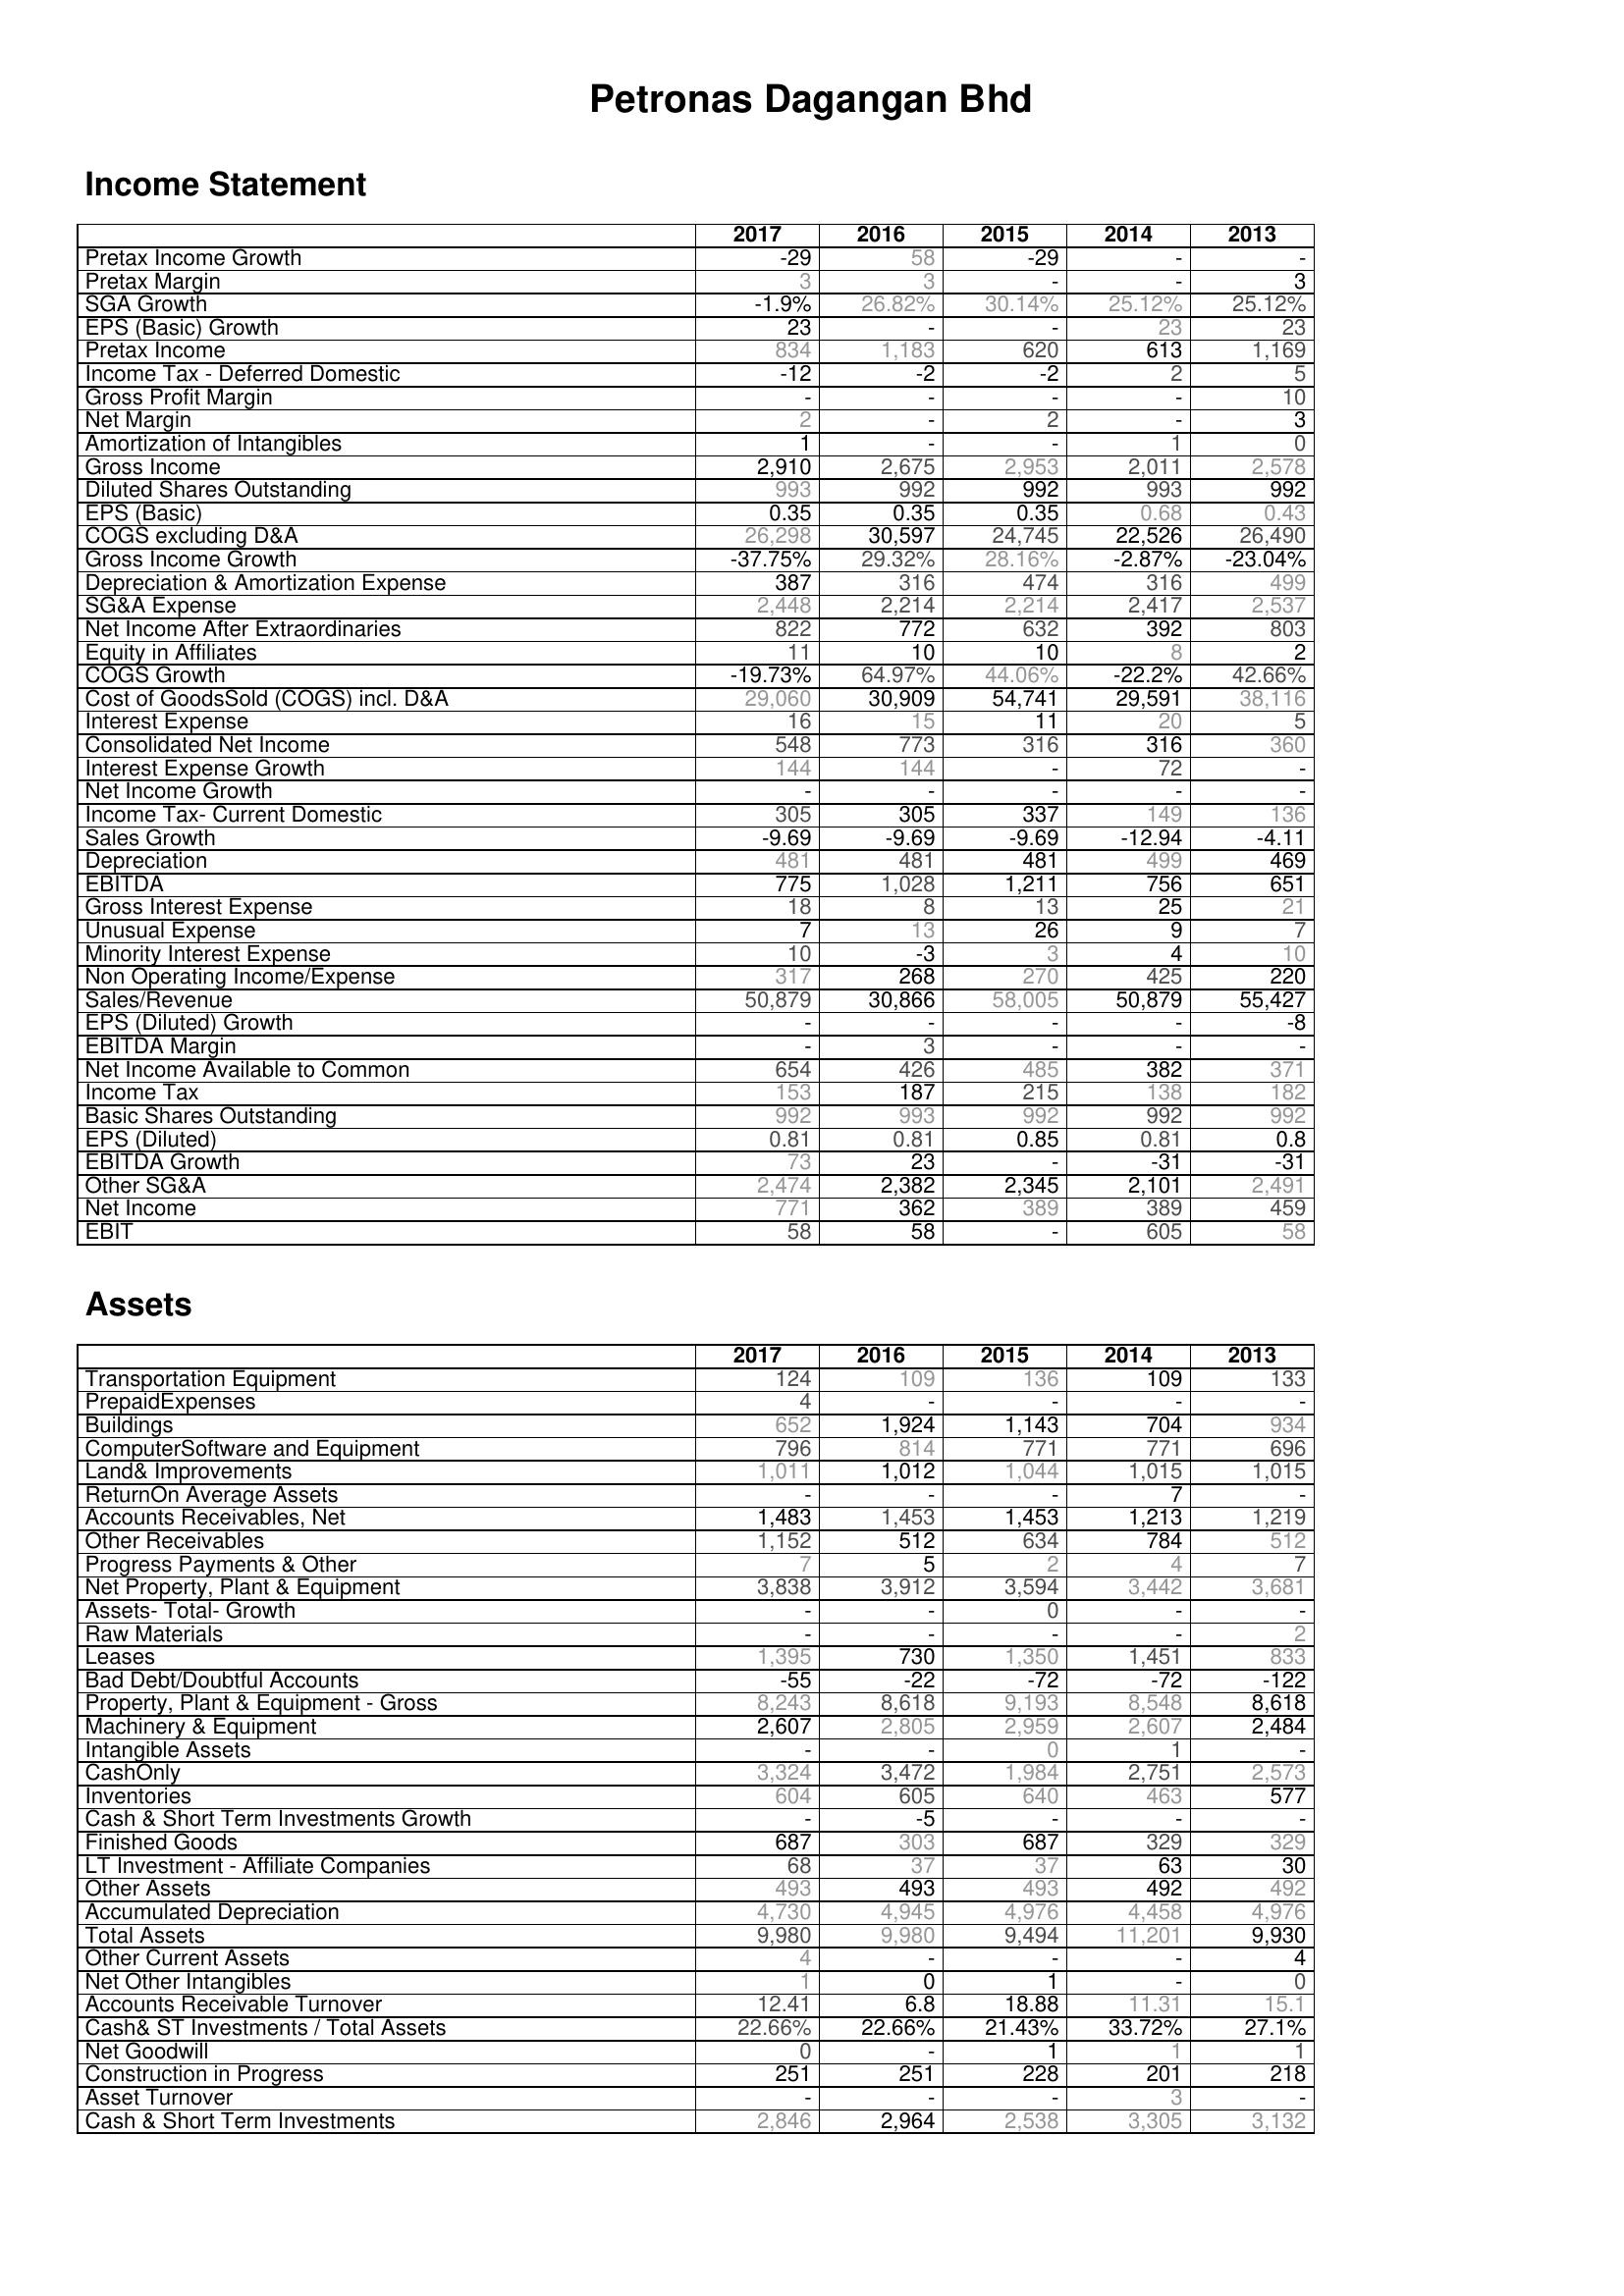
2017: Income Statement: Pretax Income Growth: -29
Pretax Margin: 3
SGA Growth: -1.9%
EPS (Basic) Growth: 23
Pretax Income: 834
Income Tax - Deferred Domestic: -12
Gross Profit Margin: -
Net Margin: 2
Amortization of Intangibles: 1
Gross Income: 2,910
Diluted Shares Outstanding: 993
EPS (Basic): 0.35
COGS excluding D&A: 26,298
Gross Income Growth: -37.75%
Depreciation & Amortization Expense: 387
SG&A Expense: 2,448
Net Income After Extraordinaries: 822
Equity in Affiliates: 11
COGS Growth: -19.73%
Cost of GoodsSold (COGS) incl. D&A: 29,060
Interest Expense: 16
Consolidated Net Income: 548
Interest Expense Growth: 144
Net Income Growth: -
Income Tax- Current Domestic: 305
Sales Growth: -9.69
Depreciation: 481
EBITDA: 775
Gross Interest Expense: 18
Unusual Expense: 7
Minority Interest Expense: 10
Non Operating Income/Expense: 317
Sales/Revenue: 50,879
EPS (Diluted) Growth: -
EBITDA Margin: -
Net Income Available to Common: 654
Income Tax: 153
Basic Shares Outstanding: 992
EPS (Diluted): 0.81
EBITDA Growth: 73
Other SG&A: 2,474
Net Income: 771
EBIT: 58
Assets: Transportation Equipment: 124
PrepaidExpenses: 4
Buildings: 652
ComputerSoftware and Equipment: 796
Land& Improvements: 1,011
ReturnOn Average Assets: -
Accounts Receivables, Net: 1,483
Other Receivables: 1,152
Progress Payments & Other: 7
Net Property, Plant & Equipment: 3,838
Assets- Total- Growth: -
Raw Materials: -
Leases: 1,395
Bad Debt/Doubtful Accounts: -55
Property, Plant & Equipment - Gross : 8,243
Machinery & Equipment: 2,607
Intangible Assets: -
CashOnly: 3,324
Inventories: 604
Cash & Short Term Investments Growth: -
Finished Goods: 687
LT Investment - Affiliate Companies: 68
Other Assets: 493
Accumulated Depreciation: 4,730
Total Assets: 9,980
Other Current Assets: 4
Net Other Intangibles: 1
Accounts Receivable Turnover: 12.41
Cash& ST Investments / Total Assets: 22.66%
Net Goodwill: 0
Construction in Progress: 251
Asset Turnover: -
Cash & Short Term Investments: 2,846
2016: Income Statement: Pretax Income Growth: 58
Pretax Margin: 3
SGA Growth: 26.82%
EPS (Basic) Growth: -
Pretax Income: 1,183
Income Tax - Deferred Domestic: -2
Gross Profit Margin: -
Net Margin: -
Amortization of Intangibles: -
Gross Income: 2,675
Diluted Shares Outstanding: 992
EPS (Basic): 0.35
COGS excluding D&A: 30,597
Gross Income Growth: 29.32%
Depreciation & Amortization Expense: 316
SG&A Expense: 2,214
Net Income After Extraordinaries: 772
Equity in Affiliates: 10
COGS Growth: 64.97%
Cost of GoodsSold (COGS) incl. D&A: 30,909
Interest Expense: 15
Consolidated Net Income: 773
Interest Expense Growth: 144
Net Income Growth: -
Income Tax- Current Domestic: 305
Sales Growth: -9.69
Depreciation: 481
EBITDA: 1,028
Gross Interest Expense: 8
Unusual Expense: 13
Minority Interest Expense: -3
Non Operating Income/Expense: 268
Sales/Revenue: 30,866
EPS (Diluted) Growth: -
EBITDA Margin: 3
Net Income Available to Common: 426
Income Tax: 187
Basic Shares Outstanding: 993
EPS (Diluted): 0.81
EBITDA Growth: 23
Other SG&A: 2,382
Net Income: 362
EBIT: 58
Assets: Transportation Equipment: 109
PrepaidExpenses: -
Buildings: 1,924
ComputerSoftware and Equipment: 814
Land& Improvements: 1,012
ReturnOn Average Assets: -
Accounts Receivables, Net: 1,453
Other Receivables: 512
Progress Payments & Other: 5
Net Property, Plant & Equipment: 3,912
Assets- Total- Growth: -
Raw Materials: -
Leases: 730
Bad Debt/Doubtful Accounts: -22
Property, Plant & Equipment - Gross : 8,618
Machinery & Equipment: 2,805
Intangible Assets: -
CashOnly: 3,472
Inventories: 605
Cash & Short Term Investments Growth: -5
Finished Goods: 303
LT Investment - Affiliate Companies: 37
Other Assets: 493
Accumulated Depreciation: 4,945
Total Assets: 9,980
Other Current Assets: -
Net Other Intangibles: 0
Accounts Receivable Turnover: 6.8
Cash& ST Investments / Total Assets: 22.66%
Net Goodwill: -
Construction in Progress: 251
Asset Turnover: -
Cash & Short Term Investments: 2,964
2015: Income Statement: Pretax Income Growth: -29
Pretax Margin: -
SGA Growth: 30.14%
EPS (Basic) Growth: -
Pretax Income: 620
Income Tax - Deferred Domestic: -2
Gross Profit Margin: -
Net Margin: 2
Amortization of Intangibles: -
Gross Income: 2,953
Diluted Shares Outstanding: 992
EPS (Basic): 0.35
COGS excluding D&A: 24,745
Gross Income Growth: 28.16%
Depreciation & Amortization Expense: 474
SG&A Expense: 2,214
Net Income After Extraordinaries: 632
Equity in Affiliates: 10
COGS Growth: 44.06%
Cost of GoodsSold (COGS) incl. D&A: 54,741
Interest Expense: 11
Consolidated Net Income: 316
Interest Expense Growth: -
Net Income Growth: -
Income Tax- Current Domestic: 337
Sales Growth: -9.69
Depreciation: 481
EBITDA: 1,211
Gross Interest Expense: 13
Unusual Expense: 26
Minority Interest Expense: 3
Non Operating Income/Expense: 270
Sales/Revenue: 58,005
EPS (Diluted) Growth: -
EBITDA Margin: -
Net Income Available to Common: 485
Income Tax: 215
Basic Shares Outstanding: 992
EPS (Diluted): 0.85
EBITDA Growth: -
Other SG&A: 2,345
Net Income: 389
EBIT: -
Assets: Transportation Equipment: 136
PrepaidExpenses: -
Buildings: 1,143
ComputerSoftware and Equipment: 771
Land& Improvements: 1,044
ReturnOn Average Assets: -
Accounts Receivables, Net: 1,453
Other Receivables: 634
Progress Payments & Other: 2
Net Property, Plant & Equipment: 3,594
Assets- Total- Growth: 0
Raw Materials: -
Leases: 1,350
Bad Debt/Doubtful Accounts: -72
Property, Plant & Equipment - Gross : 9,193
Machinery & Equipment: 2,959
Intangible Assets: 0
CashOnly: 1,984
Inventories: 640
Cash & Short Term Investments Growth: -
Finished Goods: 687
LT Investment - Affiliate Companies: 37
Other Assets: 493
Accumulated Depreciation: 4,976
Total Assets: 9,494
Other Current Assets: -
Net Other Intangibles: 1
Accounts Receivable Turnover: 18.88
Cash& ST Investments / Total Assets: 21.43%
Net Goodwill: 1
Construction in Progress: 228
Asset Turnover: -
Cash & Short Term Investments: 2,538
2014: Income Statement: Pretax Income Growth: -
Pretax Margin: -
SGA Growth: 25.12%
EPS (Basic) Growth: 23
Pretax Income: 613
Income Tax - Deferred Domestic: 2
Gross Profit Margin: -
Net Margin: -
Amortization of Intangibles: 1
Gross Income: 2,011
Diluted Shares Outstanding: 993
EPS (Basic): 0.68
COGS excluding D&A: 22,526
Gross Income Growth: -2.87%
Depreciation & Amortization Expense: 316
SG&A Expense: 2,417
Net Income After Extraordinaries: 392
Equity in Affiliates: 8
COGS Growth: -22.2%
Cost of GoodsSold (COGS) incl. D&A: 29,591
Interest Expense: 20
Consolidated Net Income: 316
Interest Expense Growth: 72
Net Income Growth: -
Income Tax- Current Domestic: 149
Sales Growth: -12.94
Depreciation: 499
EBITDA: 756
Gross Interest Expense: 25
Unusual Expense: 9
Minority Interest Expense: 4
Non Operating Income/Expense: 425
Sales/Revenue: 50,879
EPS (Diluted) Growth: -
EBITDA Margin: -
Net Income Available to Common: 382
Income Tax: 138
Basic Shares Outstanding: 992
EPS (Diluted): 0.81
EBITDA Growth: -31
Other SG&A: 2,101
Net Income: 389
EBIT: 605
Assets: Transportation Equipment: 109
PrepaidExpenses: -
Buildings: 704
ComputerSoftware and Equipment: 771
Land& Improvements: 1,015
ReturnOn Average Assets: 7
Accounts Receivables, Net: 1,213
Other Receivables: 784
Progress Payments & Other: 4
Net Property, Plant & Equipment: 3,442
Assets- Total- Growth: -
Raw Materials: -
Leases: 1,451
Bad Debt/Doubtful Accounts: -72
Property, Plant & Equipment - Gross : 8,548
Machinery & Equipment: 2,607
Intangible Assets: 1
CashOnly: 2,751
Inventories: 463
Cash & Short Term Investments Growth: -
Finished Goods: 329
LT Investment - Affiliate Companies: 63
Other Assets: 492
Accumulated Depreciation: 4,458
Total Assets: 11,201
Other Current Assets: -
Net Other Intangibles: -
Accounts Receivable Turnover: 11.31
Cash& ST Investments / Total Assets: 33.72%
Net Goodwill: 1
Construction in Progress: 201
Asset Turnover: 3
Cash & Short Term Investments: 3,305
2013: Income Statement: Pretax Income Growth: -
Pretax Margin: 3
SGA Growth: 25.12%
EPS (Basic) Growth: 23
Pretax Income: 1,169
Income Tax - Deferred Domestic: 5
Gross Profit Margin: 10
Net Margin: 3
Amortization of Intangibles: 0
Gross Income: 2,578
Diluted Shares Outstanding: 992
EPS (Basic): 0.43
COGS excluding D&A: 26,490
Gross Income Growth: -23.04%
Depreciation & Amortization Expense: 499
SG&A Expense: 2,537
Net Income After Extraordinaries: 803
Equity in Affiliates: 2
COGS Growth: 42.66%
Cost of GoodsSold (COGS) incl. D&A: 38,116
Interest Expense: 5
Consolidated Net Income: 360
Interest Expense Growth: -
Net Income Growth: -
Income Tax- Current Domestic: 136
Sales Growth: -4.11
Depreciation: 469
EBITDA: 651
Gross Interest Expense: 21
Unusual Expense: 7
Minority Interest Expense: 10
Non Operating Income/Expense: 220
Sales/Revenue: 55,427
EPS (Diluted) Growth: -8
EBITDA Margin: -
Net Income Available to Common: 371
Income Tax: 182
Basic Shares Outstanding: 992
EPS (Diluted): 0.8
EBITDA Growth: -31
Other SG&A: 2,491
Net Income: 459
EBIT: 58
Assets: Transportation Equipment: 133
PrepaidExpenses: -
Buildings: 934
ComputerSoftware and Equipment: 696
Land& Improvements: 1,015
ReturnOn Average Assets: -
Accounts Receivables, Net: 1,219
Other Receivables: 512
Progress Payments & Other: 7
Net Property, Plant & Equipment: 3,681
Assets- Total- Growth: -
Raw Materials: 2
Leases: 833
Bad Debt/Doubtful Accounts: -122
Property, Plant & Equipment - Gross : 8,618
Machinery & Equipment: 2,484
Intangible Assets: -
CashOnly: 2,573
Inventories: 577
Cash & Short Term Investments Growth: -
Finished Goods: 329
LT Investment - Affiliate Companies: 30
Other Assets: 492
Accumulated Depreciation: 4,976
Total Assets: 9,930
Other Current Assets: 4
Net Other Intangibles: 0
Accounts Receivable Turnover: 15.1
Cash& ST Investments / Total Assets: 27.1%
Net Goodwill: 1
Construction in Progress: 218
Asset Turnover: -
Cash & Short Term Investments: 3,132